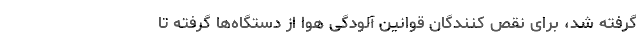
گرفته شد، برای نقص کنندگان قوانین آلودگی هوا از دستگاه‌ها گرفته تا